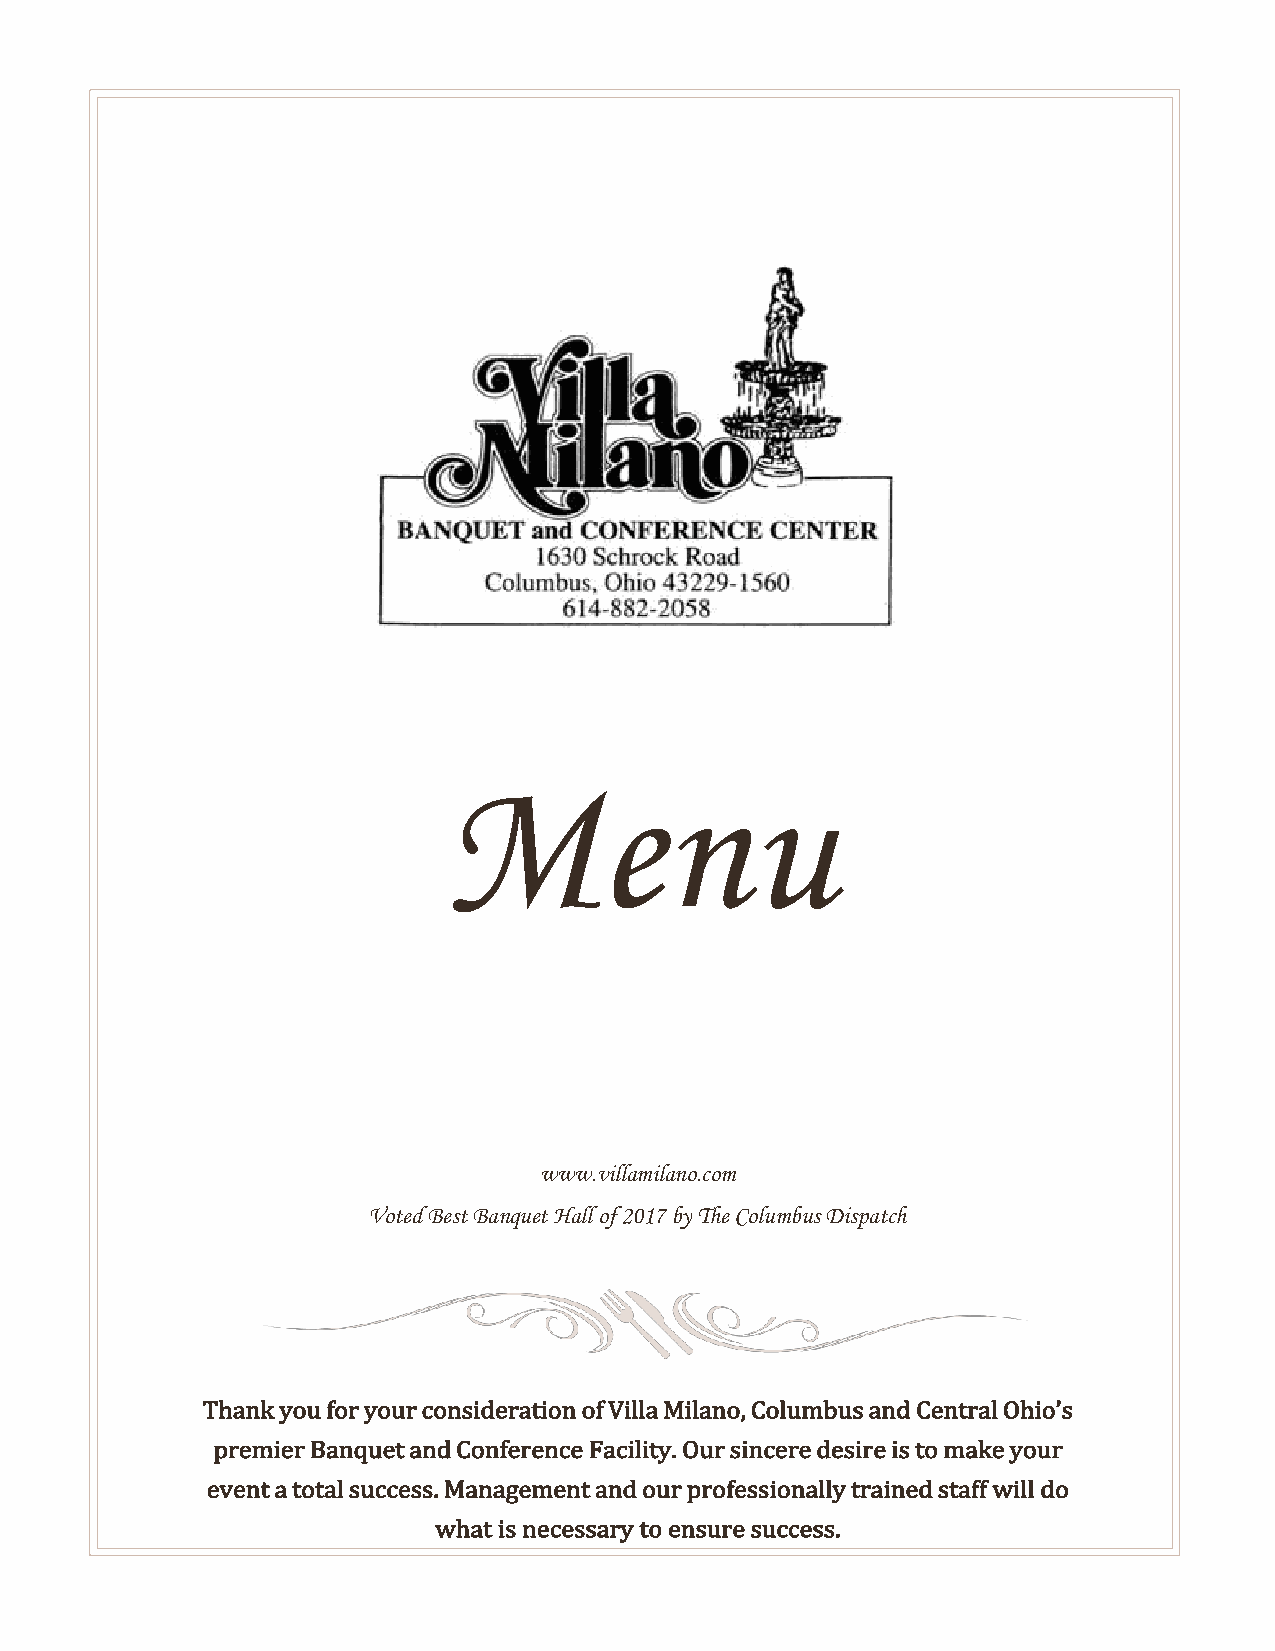
Menu
 www.villamilano.com
 Voted Best Banquet Hall of 2017 by The Columbus Dispatch
 Thank you for your consideration of Villa Milano, Columbus and Central Ohio’s
 premier Banquet and Conference Facility. Our sincere desire is to make your
 event a total success. Management and our professionally trained staff will do
 what is necessary to ensure success.